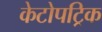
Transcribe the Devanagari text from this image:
केटोपट्रिक